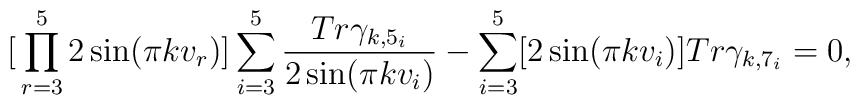
{\mathbf[ \prod_{r=3}^{5}  2   \sin (  \pi  kv_r )    ] \sum_{i=3}^{5}\frac{Tr\gamma_{k,5_i}}{2\sin ( \pi kv_i)}  - \sum_{i=3}^{5} [ 2\sin (\pi kv_i) ] Tr\gamma_{k,7_i}=0},